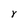
Character: Y